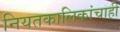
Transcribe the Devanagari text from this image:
नियतकालिकांचाही